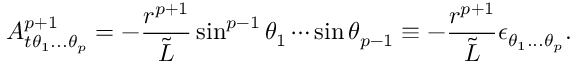
A _ { t \theta _ { 1 } . . . \theta _ { p } } ^ { p + 1 } = - { \frac { r ^ { p + 1 } } { \tilde { L } } } \sin ^ { p - 1 } \theta _ { 1 } \cdots \sin \theta _ { p - 1 } \equiv - { \frac { r ^ { p + 1 } } { \tilde { L } } } \epsilon _ { \theta _ { 1 } . . . \theta _ { p } } .